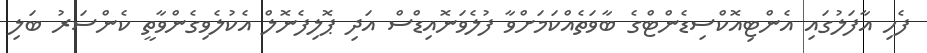
ފެހި އާފަލުގައި އެންޓިއޮކްސިޑެންޓްގެ ބާވަތެއްކަމަށްވާ ފުލެވަނޮއިޑްސް އަދި ޕޮލިފެނޮލް އެކުލެވިގެންވާތީ ކެންސަރު ބަލި